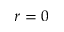
r = 0